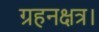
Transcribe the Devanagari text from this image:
ग्रहनक्षत्र।